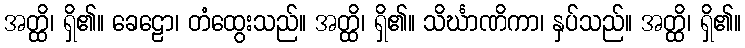
အတ္ထိ၊ ရှိ၏။ ခေဠော၊ တံထွေးသည်။ အတ္ထိ၊ ရှိ၏။ သိင်္ဃာဏိကာ၊ နှပ်သည်။ အတ္ထိ၊ ရှိ၏။